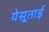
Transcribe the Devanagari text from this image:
येसूताई